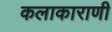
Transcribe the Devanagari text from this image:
कलाकाराणी